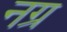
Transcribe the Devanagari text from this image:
नग्र